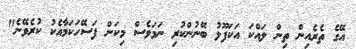
އޭގެ ތެރެއިން ތިން ލައްކަ އަކަފޫޅު ބޭނުންކުރި ނަމަވެސް މިކަން ފަސޭހަކަމާއެކު ކުރެވޭނެ"